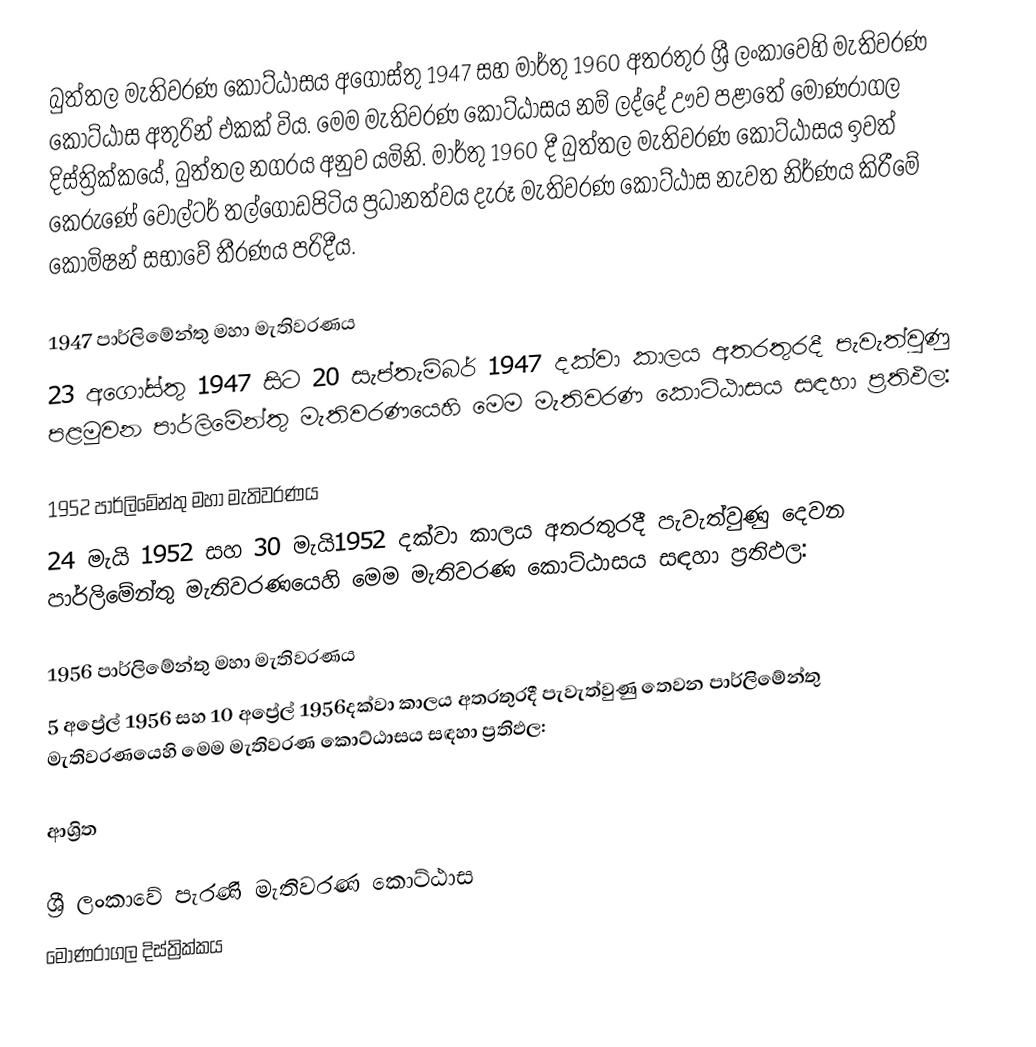
බුත්තල මැතිවරණ කොට්ඨාසය  අගෝස්තු 1947 සහ  මාර්තු 1960 අතරතුර  ශ්‍රී ලංකාවෙහි  මැතිවරණ කොට්ඨාස අතුරින් එකක් විය. මෙම මැතිවරණ කොට්ඨාසය නම් ලද්දේ  ඌව පළාතේ  මොණරාගල  දිස්ත්‍රික්කයේ,  බුත්තල නගරය අනුව යමිනි.  මාර්තු 1960 දී බුත්තල මැතිවරණ කොට්ඨාසය ඉවත් කෙරුණේ වෝල්ටර් තල්ගොඩපිටිය ප්‍රධානත්වය දැරූ මැතිවරණ කොට්ඨාස නැවත නිර්ණය කිරීමේ කොමිෂන් සභාවේ තීරණය පරිදීය.

1947 පාර්ලිමේන්තු මහා මැතිවරණය
23 අගෝස්තු 1947 සිට 20 සැප්තැම්බර් 1947 දක්වා කාලය අතරතුරදී පැවැත්වුණු  පළමුවන පාර්ලිමේන්තු මැතිවරණයෙහි මෙම මැතිවරණ කොට්ඨාසය සඳහා ප්‍රතිඵල:

1952 පාර්ලිමේන්තු මහා මැතිවරණය
24 මැයි 1952 සහ 30 මැයි1952 දක්වා කාලය අතරතුරදී පැවැත්වුණු  දෙවන පාර්ලිමේන්තු මැතිවරණයෙහි මෙම මැතිවරණ කොට්ඨාසය සඳහා ප්‍රතිඵල:

1956 පාර්ලිමේන්තු මහා මැතිවරණය
5 අප්‍රේල් 1956 සහ 10 අප්‍රේල් 1956දක්වා කාලය අතරතුරදී පැවැත්වුණු  තෙවන පාර්ලිමේන්තු මැතිවරණයෙහි මෙම මැතිවරණ කොට්ඨාසය සඳහා ප්‍රතිඵල:

ආශ්‍රිත

ශ්‍රී ලංකාවේ පැරණි මැතිවරණ කොට්ඨාස
 මොණරාගල දිස්ත්‍රික්කය